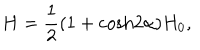
H = { \frac { 1 } { 2 } } ( 1 + \mathrm { c o s h } 2 \alpha ) H _ { 0 } ,